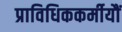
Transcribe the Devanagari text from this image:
प्राविधिककर्मीयौं